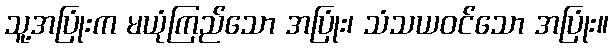
သူ့အပြုံးက မယုံကြည်သော အပြုံး၊ သံသယဝင်သော အပြုံး။